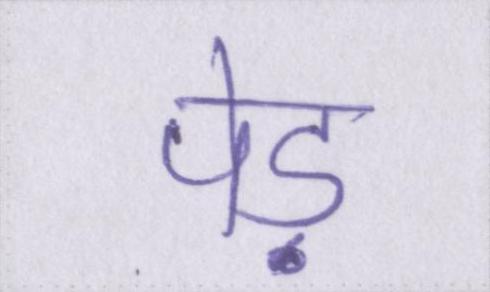
पेड़